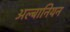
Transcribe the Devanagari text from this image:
अल्बानियन